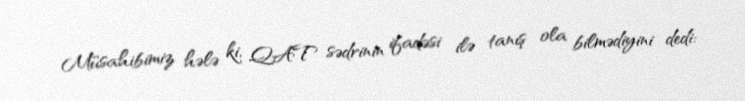
Müsahibimiz hələ ki, QAT sədrinin ifadəsi ilə tanış ola bilmədiyini dedi: